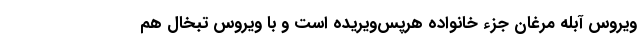
ویروس آبله مرغان جزء خانواده هرپس‌ویریده است و با ویروس تبخال هم‌